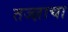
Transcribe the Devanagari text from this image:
तज्ज्ञाचा